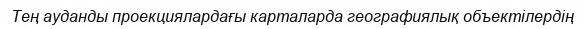
Тең ауданды проекциялардағы карталарда географиялық объектілердің